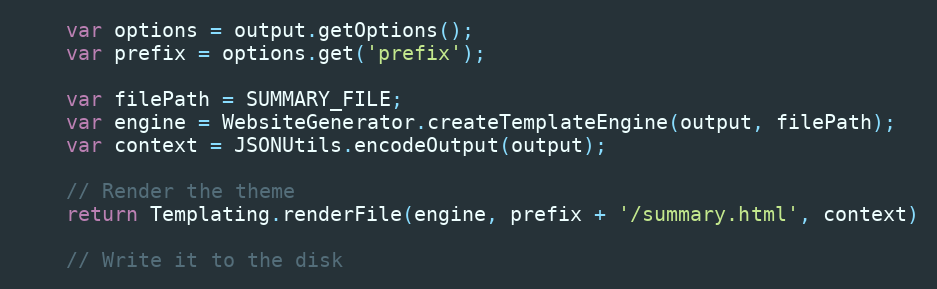
Language: JavaScript
    var options = output.getOptions();
    var prefix = options.get('prefix');

    var filePath = SUMMARY_FILE;
    var engine = WebsiteGenerator.createTemplateEngine(output, filePath);
    var context = JSONUtils.encodeOutput(output);

    // Render the theme
    return Templating.renderFile(engine, prefix + '/summary.html', context)

    // Write it to the disk